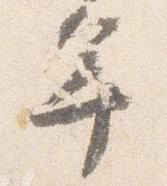
年